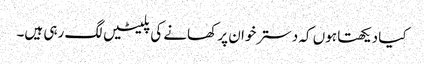
کیا دیکھتا ہوں کہ دسترخوان پر کھانے کی پلیٹیں لگ رہی ہیں۔